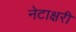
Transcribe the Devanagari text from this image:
नेटाक्षरी